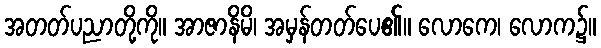
အတတ်ပညာတို့ကို။ အာဇာနိမိ၊ အမှန်တတ်ပေ၏။ လောကေ၊ လောက၌။